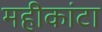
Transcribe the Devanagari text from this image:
महीकांटा